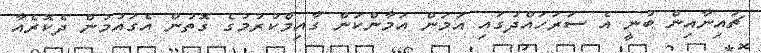
ޗައިނާއިން ބުނީ އެ ސަރަހައްދުގައި އަމަން އަމާންކަން ގާއިމްކުރުމުގެ ގޮތުން އެގައުމުން ދެކޮރެއާ